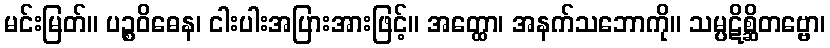
မင်းမြတ်။ ပဉ္စဝိဓေန၊ ငါးပါးအပြားအားဖြင့်။ အတ္ထော၊ အနက်သဘောကို။ သမ္ပဋိစ္ဆိတဗ္ဗော၊